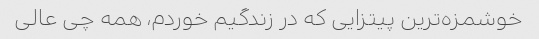
خوشمزه‌ترین پیتزایی که در زندگیم خوردم، همه چی عالی